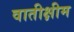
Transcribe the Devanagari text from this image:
वातीक्षीम